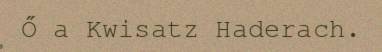
Ő a Kwisatz Haderach.